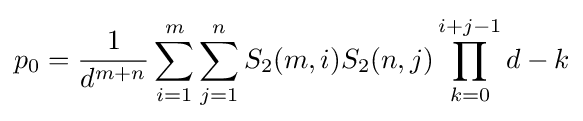
p_{0}={\frac {1}{d^{m+n}}}\sum _{i=1}^{m}\sum _{j=1}^{n}S_{2}(m,i)S_{2}(n,j)\prod _{k=0}^{i+j-1}d-k